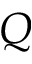
Q